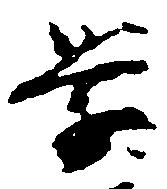
学